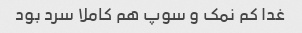
غدا کم نمک و سوپ هم کاملا سرد بود